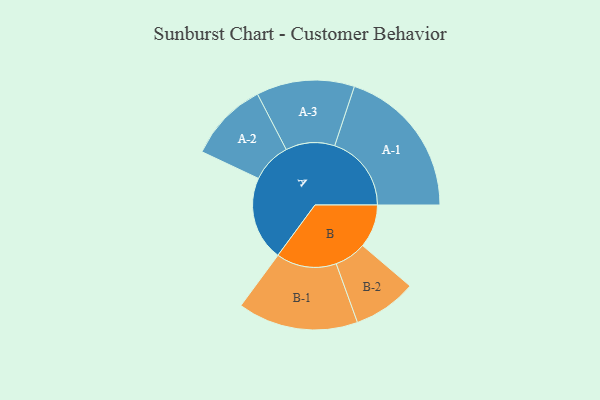
{"axis": {"x": "Segment", "y": "Value"}, "legend": ["", "A", "B"], "data": [{"x": "A", "y": 308, "type": ""}, {"x": "B", "y": 158, "type": ""}, {"x": "A-1", "y": 280, "type": "A"}, {"x": "A-2", "y": 146, "type": "A"}, {"x": "A-3", "y": 179, "type": "A"}, {"x": "B-1", "y": 220, "type": "B"}, {"x": "B-2", "y": 116, "type": "B"}]}